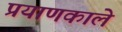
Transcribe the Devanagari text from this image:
प्रयाणकाले